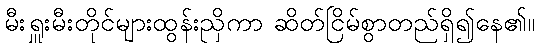
မီးရှူးမီးတိုင်များထွန်းညှိကာ ဆိတ်ငြိမ်စွာတည်ရှိ၍နေ၏။